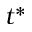
t ^ { * }